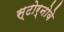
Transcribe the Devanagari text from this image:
स्टोर्नोवे